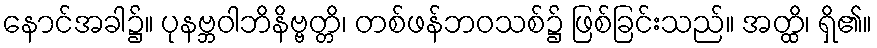
နောင်အခါ၌။ ပုနဗ္ဘဝါဘိနိဗ္ဗတ္တိ၊ တစ်ဖန်ဘဝသစ်၌ ဖြစ်ခြင်းသည်။ အတ္ထိ၊ ရှိ၏။